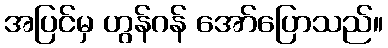
အပြင်မှ ဟွန်ဂန် အော်ပြောသည်။